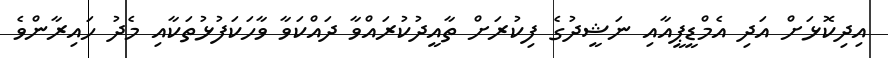
އިދިކޮޅަށް އަދި އެމްޑީޕީއާއި ނަޝީދުގެ ފިކުރަށް ތާއީދުކުރައްވާ ދައްކަވާ ވާހަކަފުޅުތަކާއި މެދު ހައިރާންވެ